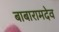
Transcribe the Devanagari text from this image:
बाबारामदेव